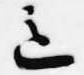
意